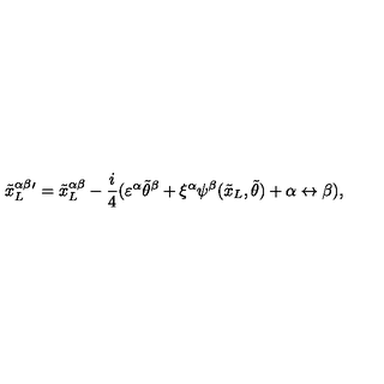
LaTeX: { { \tilde { x } _ { L } } ^ { \alpha \beta } } { } ^ { \prime } = { { \tilde { x } _ { L } } ^ { \alpha \beta } } - \frac { i } { 4 } ( \varepsilon ^ { \alpha } { \tilde { \theta } } ^ { \beta } + \xi ^ { \alpha } \psi ^ { \beta } ( { \tilde { x } _ { L } } , { \tilde { \theta } } ) + \alpha \leftrightarrow \beta ) ,